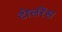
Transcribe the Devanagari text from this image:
टोलरेंस